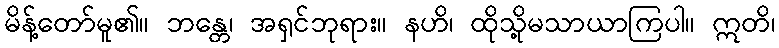
မိန့်တော်မူ၏။ ဘန္တေ၊ အရှင်ဘုရား။ နဟိ၊ ထိုသို့မသာယာကြပါ။ ဣတိ၊